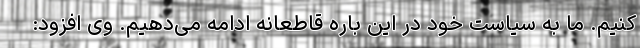
کنیم. ما به سیاست خود در این باره قاطعانه ادامه می‌دهیم. وی افزود: